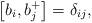
LaTeX: \begin{align*}\left[b_i,b_j^+ \right] =\delta_{ij},\end{align*}